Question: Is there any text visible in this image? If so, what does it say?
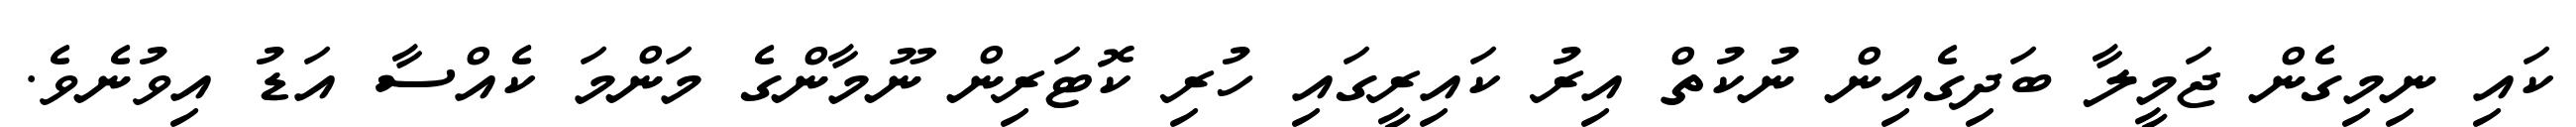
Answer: ކައި ނިމިގެން ޖަމީލާ ބަދިގެއިން ނުކުތް އިރު ކައިރީގައި ހުރި ކޮޓަރިން ނޫމާންގެ މަންމަ ކެއްސާ އަޑު އިވުނެވެ.